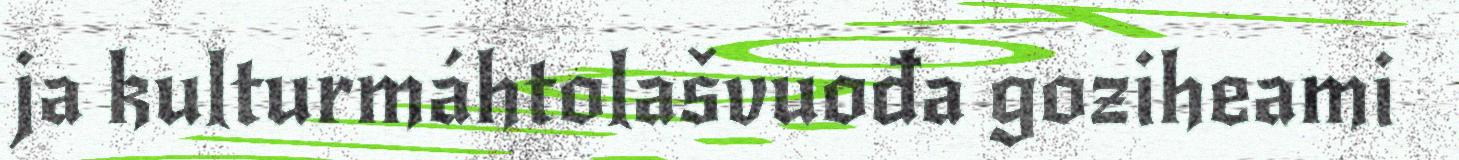
ja kulturmáhtolašvuođa goziheami